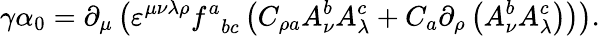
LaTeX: \gamma\alpha_{0}=\partial_{\mu}\left(\varepsilon^{\mu\nu\lambda\rho}f_{\; \; bc}^{a}\left(C_{\rho a}A_{\nu}^{b}A_{\lambda}^{c}+C_{a}\partial_{\rho}\left(A_{\nu}^{b}A_{\lambda}^{c}\right)\right)\right).